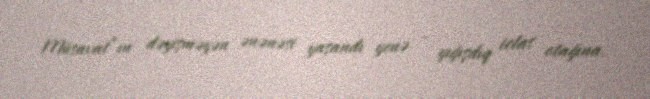
Müsavat”ın dəyişməyən ənənəsi yaşandı yenə - yığışdıq iclas otağına.